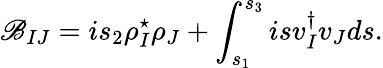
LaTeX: \mathscr{B}_{IJ}=is_{2}\rho_{I}^{\star}\rho_{J}+\int_{s_{1}}^{s_{3}}isv_{I}^{\dagger}v_{J}ds.